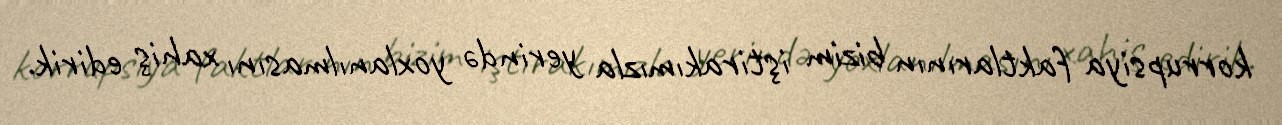
korrupsiya faktlarının bizim iştirakımızla yerində yoxlanılmasını xahiş edirik.